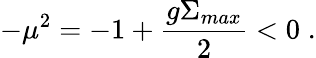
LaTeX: -\mu^{2}=-1+\frac{g\Sigma_{max}}2<0\; .